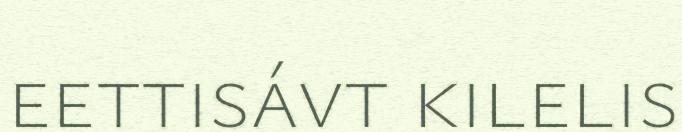
eettisávt kilelis